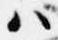
ハ